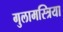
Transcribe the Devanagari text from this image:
गुलामस्त्रिया